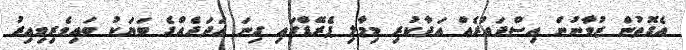
އެގޮތުން ޒުވާނުން އިސްދައުރެއް އަދާކުރި މިމާލި ޕެރޭޑްގައި ގިނަ ޢަދަދެއްގެ ބަޔަކު ބައިވެރިވިއިރު